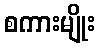
စကားမျိုး